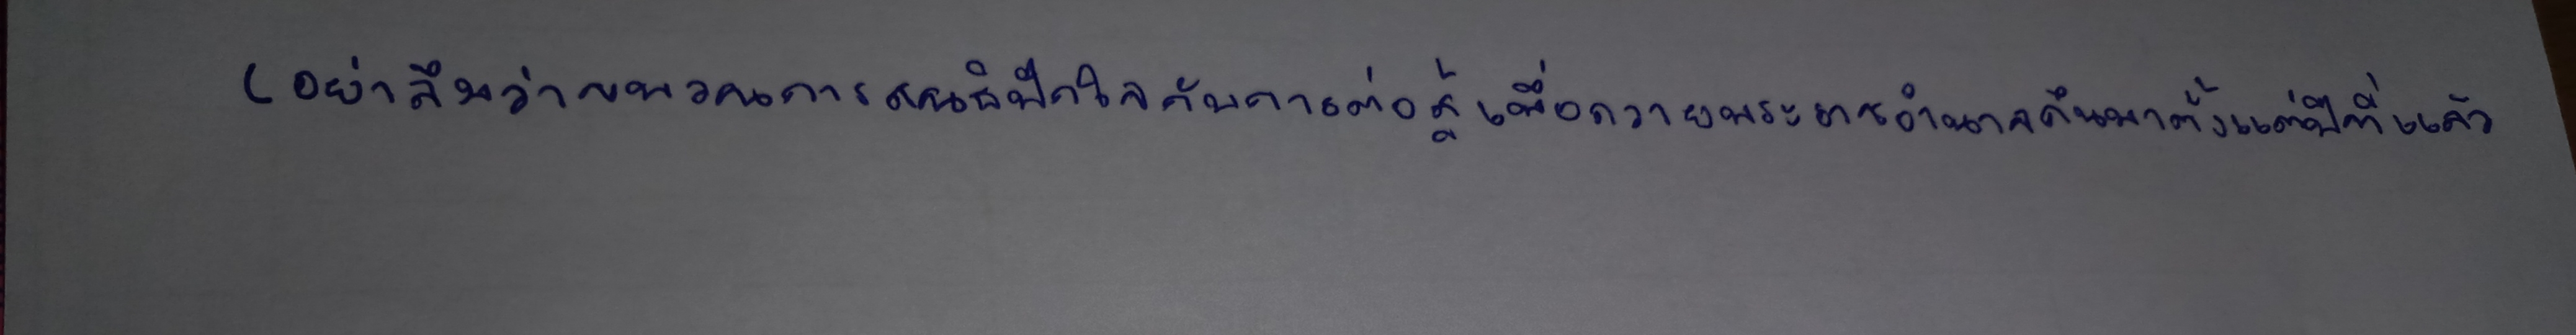
(อย่าลืมว่าขบวนการสนธิปักใจกับการต่อสู้เพื่อถวายพระราชอำนาจคืนมาตั้งแต่ปีที่แล้ว